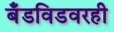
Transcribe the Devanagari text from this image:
बँडविडवरही